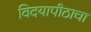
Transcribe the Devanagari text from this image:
विदयापीठाचा